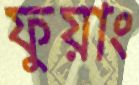
ফুয়াং